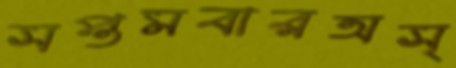
সপ্তমবারঅস্